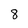
Character: 8